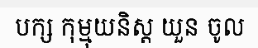
បក្ស កុម្មុយនិស្ត យួន ចូល